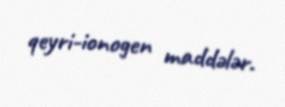
qeyri-ionogen maddələr.